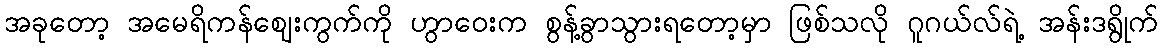
အခုတော့ အမေရိကန်ဈေးကွက်ကို ဟွာဝေးက စွန့်ခွာသွားရတော့မှာ ဖြစ်သလို ဂူဂယ်လ်ရဲ့ အန်းဒရွိုက်